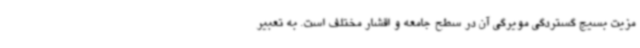
مزیت بسیج گستردگی مویرگی آن در سطح جامعه و اقشار مختلف است. به تعبیر